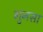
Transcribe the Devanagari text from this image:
गुनसा